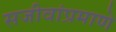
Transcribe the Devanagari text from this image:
सजीवांप्रमाणे